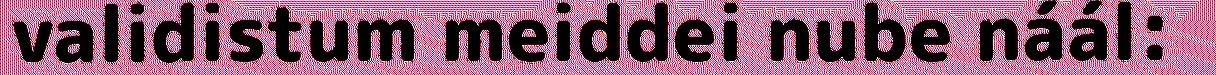
validistum meiddei nube náál: